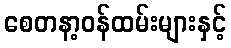
စေတနာ့ဝန်ထမ်းများနှင့်